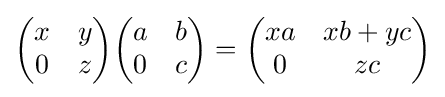
{\begin{pmatrix}x&y\\0&z\end{pmatrix}}{\begin{pmatrix}a&b\\0&c\end{pmatrix}}={\begin{pmatrix}xa&xb+yc\\0&zc\end{pmatrix}}